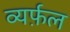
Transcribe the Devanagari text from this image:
व्यर्फ़ल